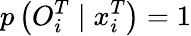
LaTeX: p\left(O_{i}^{T}\mid x_{i}^{T}\right)=1